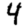
Digit: 4